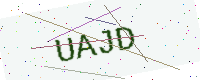
Text: UAJD